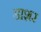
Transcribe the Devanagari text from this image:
डाशर